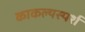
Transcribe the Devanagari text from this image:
काकल्यस्पर्श